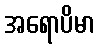
အရောပိမာ